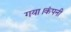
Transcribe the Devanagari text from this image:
गया।कंपनी